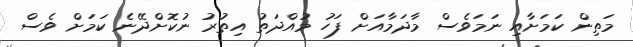
މަތިން ކަމަށާއި ނަމަވެސް މާދަމާއަށް ފަހު މުއްދަތު އިތުރު ނުކޮށްދޭނެ ކަމަށް ވެސް